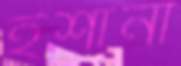
ইশানা